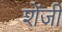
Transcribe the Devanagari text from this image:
शेंजी